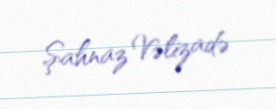
Şahnaz Vəlizadə